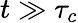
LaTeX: t\gg\tau_{c}